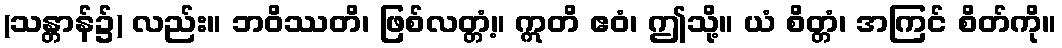
(သန္တာန်၌) လည်း။ ဘဝိဿတိ၊ ဖြစ်လတ္တံ့။ ဣတိ ဧဝံ၊ ဤသို့။ ယံ စိတ္တံ၊ အကြင် စိတ်ကို။